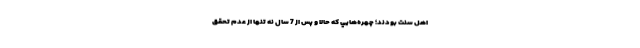
اهل سنت بودند؛ چهره‌هايي كه حالا و پس از 7 سال نه تنها از عدم تحقق